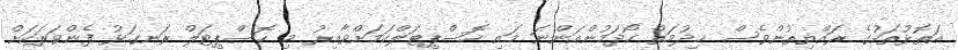
އަތޮޅުތަކުގެ ރައްޔިތުންވެސް ޚިދުމަތް ހޯދަމުންއަންނަ މައި ހޮސްޕިޓަލްކަމަށްވާއިރު މި ހޮސްޕިޓަލް ރަނގަޅު ފެންވަރަކަށް